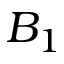
B _ { 1 }